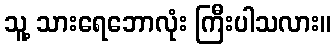
သူ့ သားရေဘောလုံး ကြီးပါသလား။